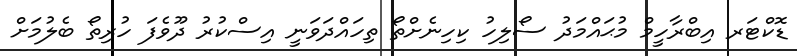
ޑޮކްޓަރ އިބްރާހީމް މުޙައްމަދު ސޯލިހު ކިހިނެށްތޯ ތިހައްދަވަނީ އިސްކުރު ދޫވެފަ ހުރިތޯ ބެލުމަށް